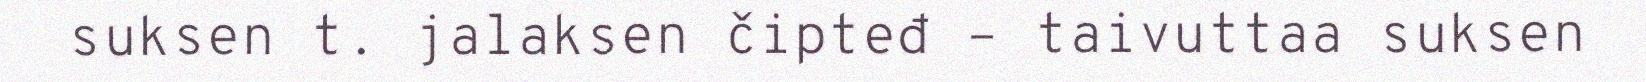
suksen t. jalaksen čipteđ – taivuttaa suksen